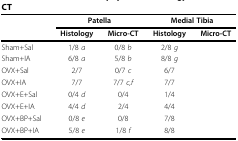
<table><thead><tr><td>[EMPTY_CELL]</td><td colspan="2"><b>Patella</b></td><td colspan="2"><b>Medial Tibia</b></td></tr><tr><td>[EMPTY_CELL]</td><td><b>Histology</b></td><td><b>Micro-CT</b></td><td><b>Histology</b></td><td><b>Micro-CT</b></td></tr></thead><tbody><tr><td>Sham+Sal</td><td>1/8 <i>a</i></td><td>0/8 <i>b</i></td><td>2/8 <i>g</i></td><td>[EMPTY_CELL]</td></tr><tr><td>Sham+IA</td><td>6/8 <i>a</i></td><td>5/8 <i>b</i></td><td>8/8 <i>g</i></td><td>[EMPTY_CELL]</td></tr><tr><td>OVX+Sal</td><td>2/7</td><td>0/7 <i>c</i></td><td>6/7</td><td>[EMPTY_CELL]</td></tr><tr><td>OVX+IA</td><td>7/7</td><td>7/7 <i>c,f</i></td><td>7/7</td><td>[EMPTY_CELL]</td></tr><tr><td>OVX+E+Sal</td><td>0/4 <i>d</i></td><td>0/4</td><td>1/4</td><td>[EMPTY_CELL]</td></tr><tr><td>OVX+E+IA</td><td>4/4 <i>d</i></td><td>2/4</td><td>4/4</td><td>[EMPTY_CELL]</td></tr><tr><td>OVX+BP+Sal</td><td>0/8 <i>e</i></td><td>0/8</td><td>7/8</td><td>[EMPTY_CELL]</td></tr><tr><td>OVX+BP+IA</td><td>5/8 <i>e</i></td><td>1/8 <i>f</i></td><td>8/8</td><td>[EMPTY_CELL]</td></tr></tbody></table>